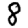
Digit: 8